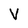
Character: V